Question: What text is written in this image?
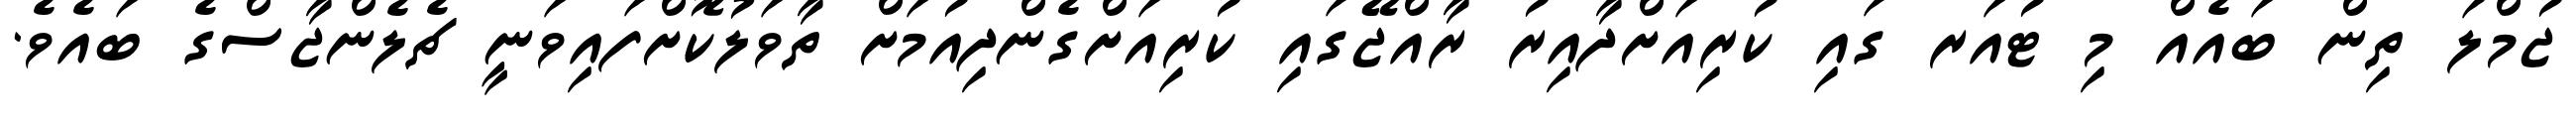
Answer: ޖުމްލަ ތިން ބައެއް މި ޓުއަރ ގައި ކުރިއަށްދާއިރު ރާއްޖޭގައި ކުރިއަށްގެންދިއުމަށް ތާވަލުކޮށްފައިވަނީ ޗެލެންޖާސްގެ ބައެވެ.